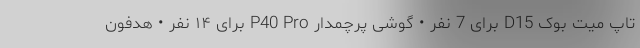
تاپ میت بوک D15 برای 7 نفر • گوشی پرچمدار P40 Pro برای ۱۴ نفر • هدفون